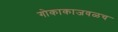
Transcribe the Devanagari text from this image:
गोकाकाजवळच